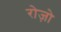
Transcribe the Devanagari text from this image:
रोज़ो